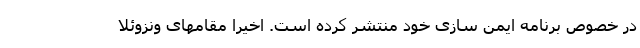
در خصوص برنامه ایمن سازی خود منتشر کرده است. اخیرا مقامهای ونزوئلا